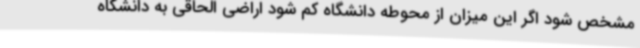
مشخص شود اگر این میزان از محوطه دانشگاه کم شود اراضی الحاقی به دانشگاه